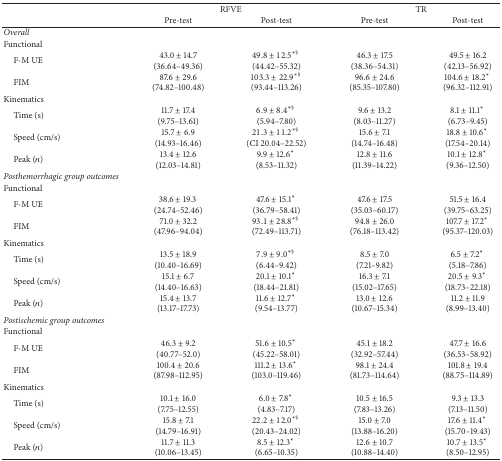
<table><thead><tr><td><b> </b></td><td colspan="2"><b>RFVE</b></td><td colspan="2"><b>TR</b></td></tr><tr><td><b> </b></td><td><b>Pre-test</b></td><td><b>Post-test</b></td><td><b>Pre-test</b></td><td><b>Post-test</b></td></tr></thead><tbody><tr><td><i>Overall </i></td><td> </td><td> </td><td> </td><td> </td></tr><tr><td>Functional</td><td> </td><td> </td><td> </td><td> </td></tr><tr><td> F-M UE</td><td>43.0 ± 14.7(36.64–49.36)</td><td>49.8 ± 12.5<sup>∗§</sup> (44.42–55.32)</td><td>46.3 ± 17.5(38.36–54.31)</td><td>49.5 ± 16.2(42.13–56.92)</td></tr><tr><td> FIM</td><td>87.6 ± 29.6(74.82–100.48)</td><td>103.3 ± 22.9<sup>∗§</sup> (93.44–113.26)</td><td>96.6 ± 24.6(85.35–107.80)</td><td>104.6 ± 18.2* (96.32–112.91)</td></tr><tr><td>Kinematics</td><td> </td><td> </td><td> </td><td> </td></tr><tr><td> Time (s)</td><td>11.7 ± 17.4(9.75–13.61)</td><td>6.9 ± 8.4<sup>∗§</sup> (5.94–7.80)</td><td>9.6 ± 13.2(8.03–11.27)</td><td>8.1 ± 11.1* (6.73–9.45)</td></tr><tr><td> Speed (cm/s)</td><td>15.7 ± 6.9(14.93–16.46)</td><td>21.3 ± 11.2<sup>∗§</sup> (CI 20.04–22.52)</td><td>15.6 ± 7.1(14.74–16.48)</td><td>18.8 ± 10.6* (17.54–20.14)</td></tr><tr><td> Peak (<i>n</i>)</td><td>13.4 ± 12.6(12.03–14.81)</td><td>9.9 ± 12.6* (8.53–11.32)</td><td>12.8 ± 11.6(11.39–14.22)</td><td>10.1 ± 12.8* (9.36–12.50)</td></tr><tr><td><i>Posthemorrhagic group outcomes </i></td><td> </td><td> </td><td> </td><td> </td></tr><tr><td>Functional </td><td> </td><td> </td><td> </td><td> </td></tr><tr><td> F-M UE</td><td>38.6 ± 19.3 (24.74–52.46)</td><td>47.6 ± 15.1* (36.79–58.41)</td><td>47.6 ± 17.5(35.03–60.17)</td><td>51.5 ± 16.4(39.75–63.25)</td></tr><tr><td> FIM</td><td>71.0 ± 32.2(47.96–94.04)</td><td>93.1 ± 28.8<sup>∗§</sup> (72.49–113.71)</td><td>94.8 ± 26.0(76.18–113.42)</td><td>107.7 ± 17.2* (95.37–120.03)</td></tr><tr><td>Kinematics</td><td> </td><td> </td><td> </td><td> </td></tr><tr><td> Time (s)</td><td>13.5 ± 18.9 (10.40–16.69)</td><td>7.9 ± 9.0<sup>∗§</sup> (6.44–9.42)</td><td>8.5 ± 7.0(7.21–9.82)</td><td>6.5 ± 7.2* (5.18–7.86)</td></tr><tr><td> Speed (cm/s)</td><td>15.1 ± 6.7 (14.40–16.63)</td><td>20.1 ± 10.1* (18.44–21.81)</td><td>16.3 ± 7.1(15.02–17.65)</td><td>20.5 ± 9.3* (18.73–22.18)</td></tr><tr><td> Peak (<i>n</i>)</td><td>15.4 ± 13.7 (13.17–17.73)</td><td>11.6 ± 12.7* (9.54–13.77)</td><td>13.0 ± 12.6(10.67–15.34)</td><td>11.2 ± 11.9(8.99–13.40)</td></tr><tr><td><i>Postischemic group outcomes </i></td><td> </td><td> </td><td> </td><td> </td></tr><tr><td>Functional</td><td> </td><td> </td><td> </td><td> </td></tr><tr><td> F-M UE</td><td>46.3 ± 9.2(40.77–52.0)</td><td>51.6 ± 10.5* (45.22–58.01)</td><td>45.1 ± 18.2(32.92–57.44)</td><td>47.7 ± 16.6(36.53–58.92)</td></tr><tr><td> FIM</td><td>100.4 ± 20.6(87.98–112.95)</td><td>111.2 ± 13.6* (103.0–119.46)</td><td>98.1 ± 24.4(81.73–114.64)</td><td>101.8 ± 19.4(88.75–114.89)</td></tr><tr><td>Kinematics</td><td> </td><td> </td><td> </td><td> </td></tr><tr><td> Time (s)</td><td>10.1 ± 16.0(7.75–12.55)</td><td>6.0 ± 7.8* (4.83–7.17)</td><td>10.5 ± 16.5(7.83–13.26)</td><td>9.3 ± 13.3(7.13–11.50)</td></tr><tr><td> Speed (cm/s)</td><td>15.8 ± 7.1(14.79–16.91)</td><td>22.2 ± 12.0<sup>∗§</sup> (20.43–24.02)</td><td>15.0 ± 7.0(13.88–16.20)</td><td>17.6 ± 11.4* (15.70–19.43)</td></tr><tr><td> Peak (<i>n</i>)</td><td>11.7 ± 11.3(10.06–13.45)</td><td>8.5 ± 12.3* (6.65–10.35)</td><td>12.6 ± 10.7(10.88–14.40)</td><td>10.7 ± 13.5* (8.50–12.95)</td></tr></tbody></table>